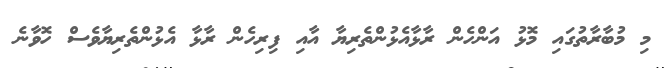
މި މުބާރާތުގައި މޮޅު އަންހެން ރާޅާއެޅުންތެރިޔާ އާއި ފިރިހެން ރާޅާ އެޅުންތެރިޔާވެސް ހޮވާނެ